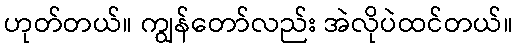
ဟုတ်တယ်။ ကျွန်တော်လည်း အဲလိုပဲထင်တယ်။